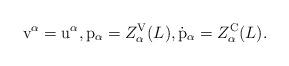
LaTeX: \begin{align*} {\rm v}^\alpha= {\rm u}^\alpha, {\rm p}_\alpha={Z^{\rm V}_\alpha}(L), {\dot {\rm p}}_\alpha= {Z^{\rm C}_\alpha}(L).\end{align*}